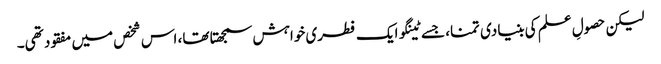
لیکن حصولِ علم کی بنیادی تمنا، جسے ٹینگو ایک فطری خواہش سمجھتا تھا، اس شخص میں مفقود تھی۔